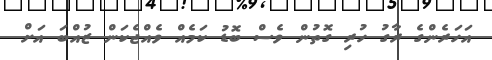
އަހަރެންގެ ރާގު ހުރި ގޮތުން ވެސް ބޮޑު ކަމެއް ވެއްޖެކަން ޒުއްބަ އަށް